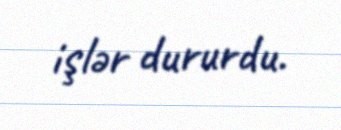
işlər dururdu.